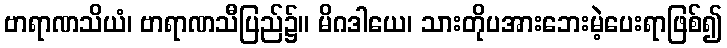
ဗာရာဏသိယံ၊ ဗာရာဏသီပြည်၌။ မိဂဒါယေ၊ သားတိုပအားဘေးမဲ့ပေးရာဖြစ်၍